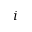
i